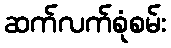
ဆက်လက်စုံစမ်း